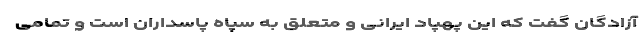
آزادگان گفت که این پهپاد ایرانی و متعلق به سپاه پاسداران است و تمامی